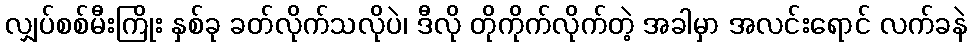
လျှပ်စစ်မီးကြိုး နှစ်ခု ခတ်လိုက်သလိုပဲ၊ ဒီလို တိုကိုက်လိုက်တဲ့ အခါမှာ အလင်းရောင် လက်ခနဲ